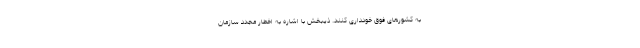
به کشورهای فوق خودداری کنند. ذیبخش با اشاره به اخطار مجدد سازمان